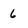
Character: 6